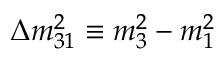
\Delta m _ { 3 1 } ^ { 2 } \equiv m _ { 3 } ^ { 2 } - m _ { 1 } ^ { 2 }